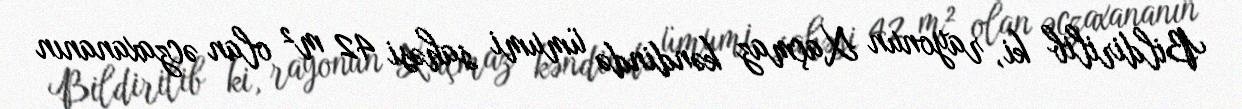
Bildirilib ki, rayonun Xaçmaz kəndində ümumi sahəsi 42 m² olan əczaxananın